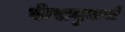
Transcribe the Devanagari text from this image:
फेसबुकचे